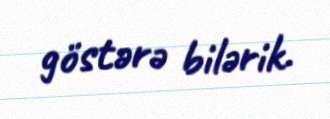
göstərə bilərik.